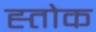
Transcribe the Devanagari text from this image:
ह्तोक